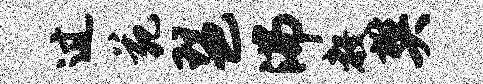
过苑琶沸教樊